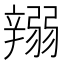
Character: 𨐪